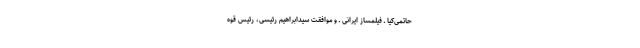
حاتمی‌کیا ـ فیلمساز ایرانی ـ و موافقت سید‌ابراهیم رئیسی، رئیس قوه